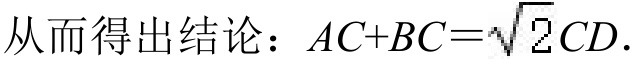
从而得出结论：$AC + BC=\sqrt{2}CD$．